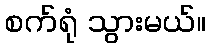
စက်ရုံ သွားမယ်။